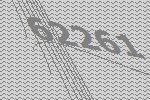
62261